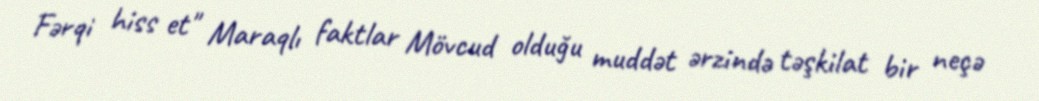
Fərqi hiss et" Maraqlı faktlar Mövcud olduǧu muddət ərzində təşkilat bir neçə